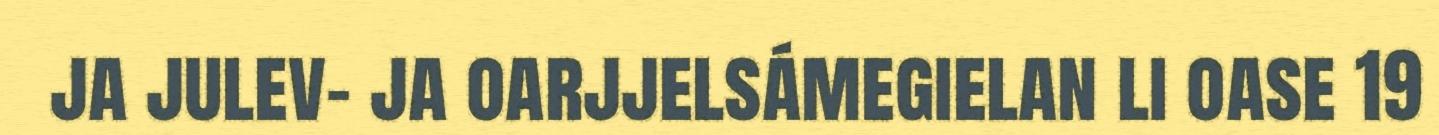
ja julev- ja oarjjelsámegielan li oase 19